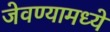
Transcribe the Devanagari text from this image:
जेवण्यामध्ये